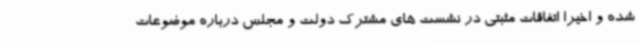
شده و اخیرا اتفاقات مثبتی در نشست های مشترک دولت و مجلس درباره موضوعات